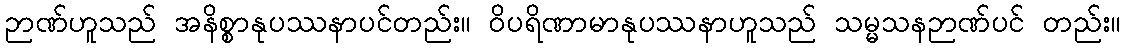
ဉာဏ်ဟူသည် အနိစ္စာနုပဿနာပင်တည်း။ ဝိပရိဏာမာနုပဿနာဟူသည် သမ္မသနဉာဏ်ပင် တည်း။